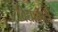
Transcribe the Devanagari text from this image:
विद्यावादी